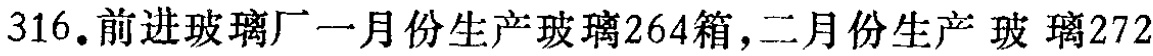
316. 前进玻璃厂一月份生产玻璃264箱,二月份生产玻璃272